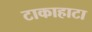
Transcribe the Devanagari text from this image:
टाकाहाटा